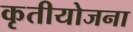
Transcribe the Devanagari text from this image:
कृतीयोजना